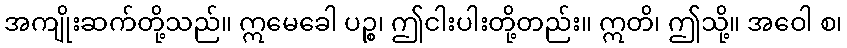
အကျိုးဆက်တို့သည်။ ဣမေခေါ ပဉ္စ၊ ဤငါးပါးတို့တည်း။ ဣတိ၊ ဤသို့။ အဝေါ စ၊